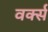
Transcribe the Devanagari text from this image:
वर्क्स